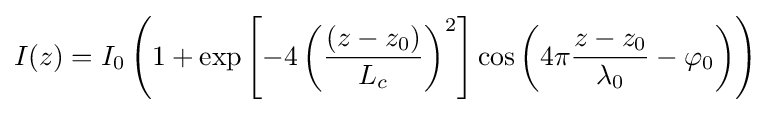
I(z)=I_{0}\left(1+\exp \left[-4\left({\frac {\left(z-z_{0}\right)}{L_{c}}}\right)^{2}\right]\cos \left(4\pi {\frac {z-z_{0}}{\lambda _{0}}}-\varphi _{0}\right)\right)